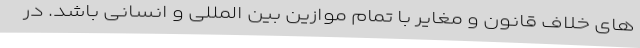
های خلاف قانون و مغایر با تمام موازین بین المللی و انسانی باشد. در